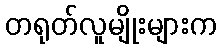
တရုတ်လူမျိုးများက